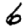
Digit: 6